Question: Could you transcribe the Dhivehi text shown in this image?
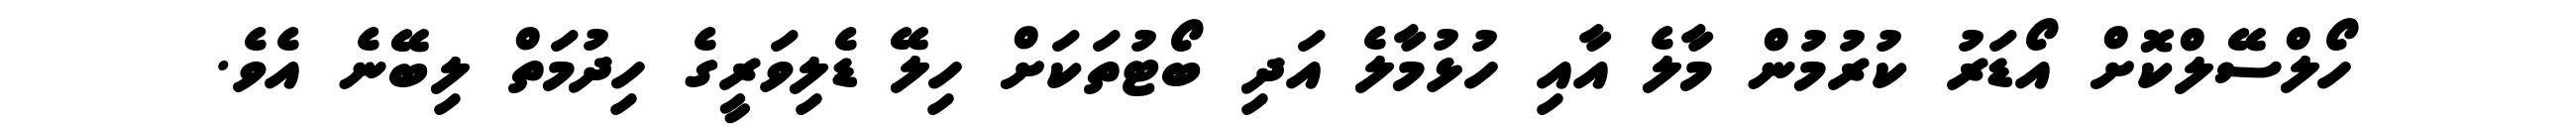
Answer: ހޯލްސޭލްކޮށް އޯޑަރު ކުރުމުން މާލެ އާއި ހުޅުމާލެ އަދި ބޯޓުތަކަށް ހިލޭ ޑެލިވަރީގެ ހިދުމަތް ލިބޭނެ އެވެ.